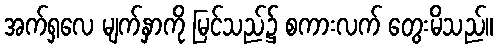
အက်ရှလေ မျက်နှာကို မြင်သည်၌ စကားလက် တွေးမိသည်။